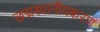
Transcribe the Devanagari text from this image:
छद्मस्थानीयकरण